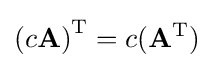
\left(c\mathbf {A} \right)^{\text{T}}=c(\mathbf {A} ^{\text{T}})